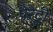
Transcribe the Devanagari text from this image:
पेरेट्टी